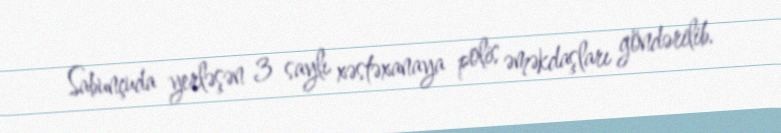
Sabunçuda yerləşən 3 saylı xəstəxanaya polis əməkdaşları göndərilib.